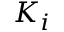
K _ { i }